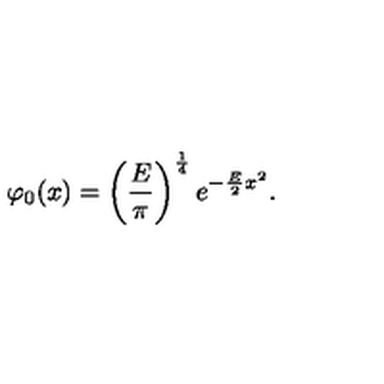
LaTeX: \varphi _ { 0 } ( x ) = \left( \frac { E } { \pi } \right) ^ { \frac { 1 } { 4 } } e ^ { - \frac { E } { 2 } x ^ { 2 } } .